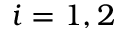
i = 1 , 2